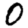
Digit: 0